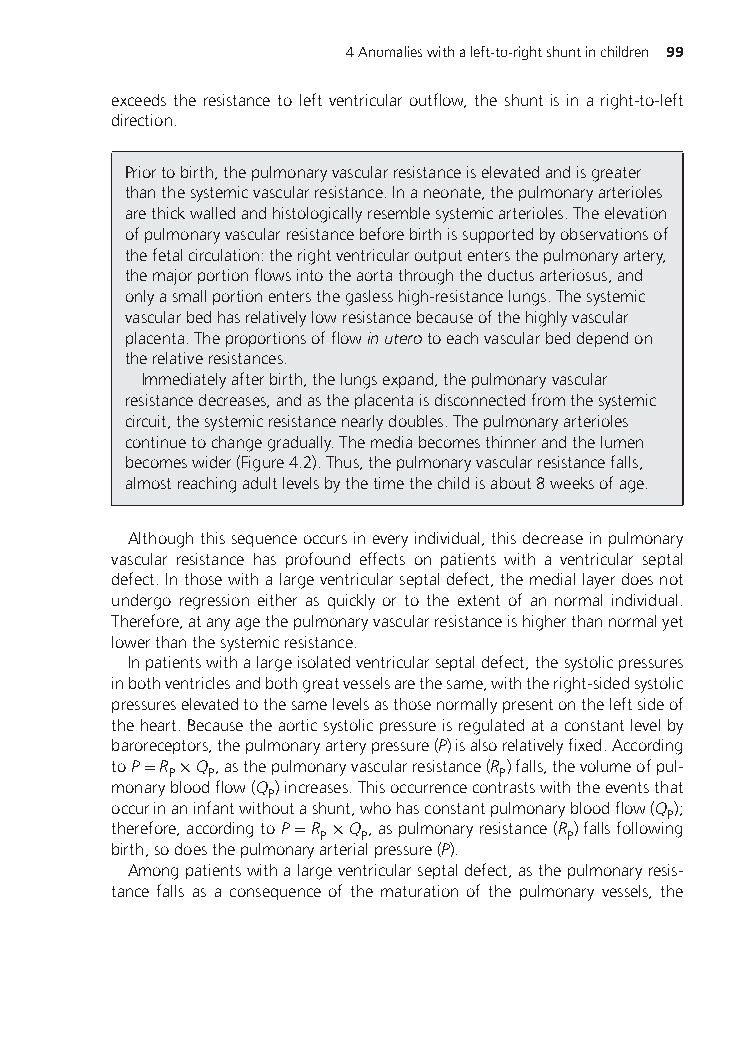
4Anomalieswithaleft-to-rightshuntinchildren 99
 exceeds the resistance to left ventricular outflow, the shunt is in a right-to-left
 direction.
 Priortobirth,thepulmonaryvascularresistanceiselevatedandisgreater
 thanthesystemicvascularresistance.Inaneonate,thepulmonaryarterioles
 arethickwalledandhistologicallyresemblesystemicarterioles.Theelevation
 ofpulmonaryvascularresistancebeforebirthissupportedbyobservationsof
 thefetalcirculation:therightventricularoutputentersthepulmonaryartery,
 themajorportionflowsintotheaortathroughtheductusarteriosus,and
 onlyasmallportionentersthegaslesshigh-resistancelungs.Thesystemic
 vascularbedhasrelativelylowresistancebecauseofthehighlyvascular
 placenta.Theproportionsofflowinuterotoeachvascularbeddependon
 therelativeresistances.
 Immediatelyafterbirth,thelungsexpand,thepulmonaryvascular
 resistancedecreases,andastheplacentaisdisconnectedfromthesystemic
 circuit,thesystemicresistancenearlydoubles.Thepulmonaryarterioles
 continuetochangegradually.Themediabecomesthinnerandthelumen
 becomeswider(Figure4.2).Thus,thepulmonaryvascularresistancefalls,
 almostreachingadultlevelsbythetimethechildisabout8weeksofage.
 Althoughthissequenceoccursineveryindividual,thisdecreaseinpulmonary
 vascular resistance has profound effects on patients with a ventricular septal
 defect.Inthosewithalargeventricularseptaldefect,themediallayerdoesnot
 undergo regression either as quickly or to the extent of an normal individual.
 Therefore,atanyagethepulmonaryvascularresistanceishigherthannormalyet
 lowerthanthesystemicresistance.
 Inpatientswithalargeisolatedventricularseptaldefect,thesystolicpressures
 inbothventriclesandbothgreatvesselsarethesame,withtheright-sidedsystolic
 pressureselevatedtothesamelevelsasthosenormallypresentontheleftsideof
 theheart.Becausetheaorticsystolicpressureisregulatedataconstantlevelby
 baroreceptors,thepulmonaryarterypressure(P)isalsorelativelyfixed.According
 toP=R ×Q ,asthepulmonaryvascularresistance(R )falls,thevolumeofpul-
 P P                  P
 monarybloodflow(Q )increases.Thisoccurrencecontrastswiththeeventsthat
 P
 occurinaninfantwithoutashunt,whohasconstantpulmonarybloodflow(Q );
 P
 therefore,accordingtoP=R ×Q ,aspulmonaryresistance(R )fallsfollowing
 P P             P
 birth,sodoesthepulmonaryarterialpressure(P).
 Amongpatientswithalargeventricularseptaldefect,asthepulmonaryresis-
 tance falls as a consequence of the maturation of the pulmonary vessels, the